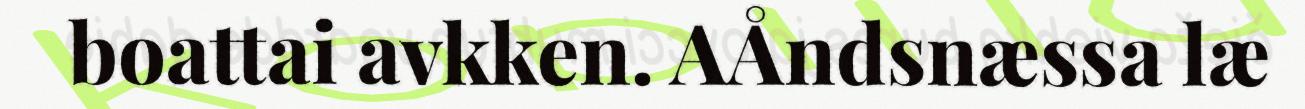
boattai avkken. AÅndsnæssa læ